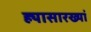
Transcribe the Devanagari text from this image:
ह्यासारख्यां